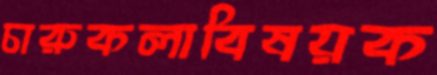
চারুকলাবিষয়ক